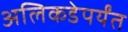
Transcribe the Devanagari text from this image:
अलिकडेपर्यंत